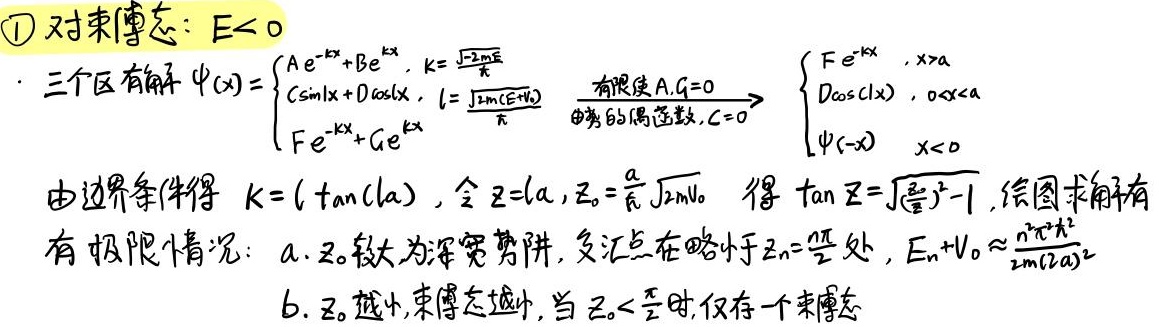
\textcircled{1} 对束缚态：$E < 0$。三个区有解 $\psi(x)=\begin{cases}Ae^{-kx}+Be^{kx},&k = \frac{\sqrt{-2mE}}{\hbar}\\C\sin lx + D\cos lx,&l = \frac{\sqrt{2m(E + V_0)}}{\hbar}\\Fe^{-kx}+Ge^{kx}\end{cases}$，$\xrightarrow{\text{有限使 } A,G = 0\\ \text{因势的偶函数},C = 0} \begin{cases}Fe^{-kx},&x > a\\D\cos(lx),&0 < x < a\\\psi(-x),&x < 0\end{cases}$。由边界条件得 $k = l\tan(la)$，令 $z = la,z_0=\frac{a}{\hbar}\sqrt{2mV_0}$ 得 $\tan z=\sqrt{(\frac{z_0}{z})^2 - 1}$，绘图求解有有限情况：
a. $z_0$ 较大为深宽势阱，交汇点在略小于 $z_n=\frac{n\pi}{2}$ 处，$E_n + V_0\approx\frac{n^2\pi^2\hbar^2}{2m(2a)^2}$
b. $z_0$ 越小，束缚态越少，当 $z_0<\frac{\pi}{2}$ 时，仅存一个束缚态